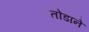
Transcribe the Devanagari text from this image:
तोडाने